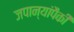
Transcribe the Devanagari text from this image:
जपान्यांपैकी